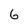
Character: 6